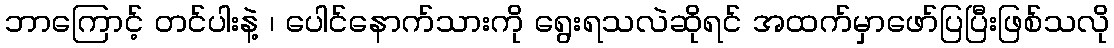
ဘာကြောင့် တင်ပါးနဲ့ ၊ ပေါင်နောက်သားကို ရွေးရသလဲဆိုရင် အထက်မှာဖော်ပြပြီးဖြစ်သလို